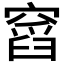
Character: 𥧹